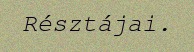
Résztájai.